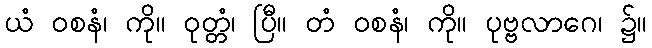
ယံ ဝစနံ၊ ကို။ ဝုတ္တံ၊ ပြီ။ တံ ဝစနံ၊ ကို။ ပုဗ္ဗလာဂေ၊ ၌။